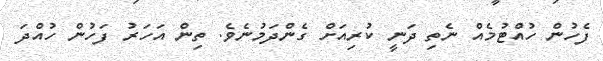
ފެހުން ހުއްޓުމެއް ނެތި ދަނީ ކުރިއަށް ގެންދަމުނެވެ. ތިން އަހަރު ފަހުން ހުއްދަ